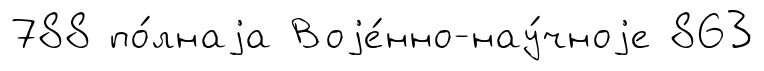
788 по́лнаjа Воjе́нно-нау́чноjе 863